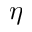
\eta